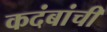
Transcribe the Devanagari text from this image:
कदंबांची